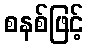
စနစ်ဖြင့်